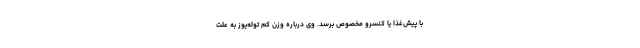
با پیش‌غذا یا کنسرو مخصوص برسد. وی درباره وزن کم توله‌یوز به علت